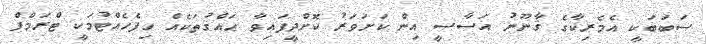
ސަބަަބަކީ އެމެރިކާގެ ޤާނޫނު އަސާސީ އިން ކަށަވަރު ކޮށްދީފައިވާ ޙައްޤުތަކެއް ހިފެހެއްޓުމަކީ ޓްރަމްޕް